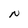
Character: N